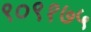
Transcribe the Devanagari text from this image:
९०९१७५